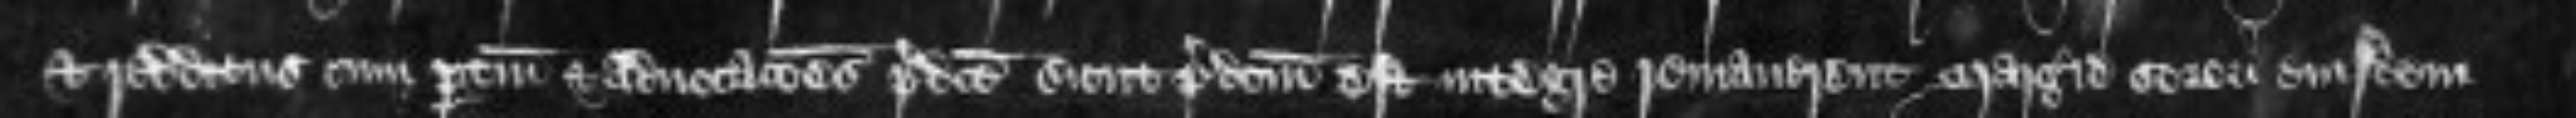
et redditus cum pertinenciis et advocationes predicte sicut predictum est integre remanerent Margerie sorori eiusdem